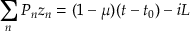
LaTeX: \sum _ { n } P _ { n } z _ { n } = ( 1 - \mu ) ( t - t _ { 0 } ) - i L